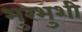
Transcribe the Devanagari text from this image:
भुरभुशी